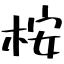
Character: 桉